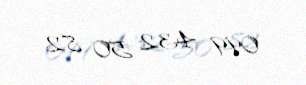
099 432 50 82